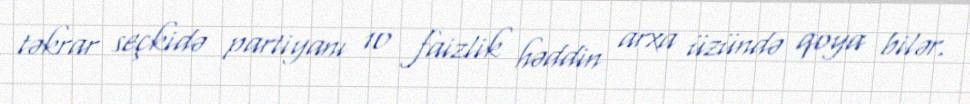
təkrar seçkidə partiyanı 10 faizlik həddin arxa üzündə qoya bilər.